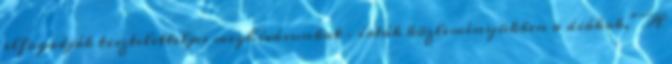
elfogadják tiszteletteljes meghívásunkat – írták közleményükben a diákok.” A